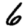
Digit: 6